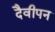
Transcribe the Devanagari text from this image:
दैवीपन